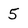
Character: 5